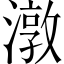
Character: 潡